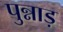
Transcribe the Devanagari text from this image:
पुन्नाड़